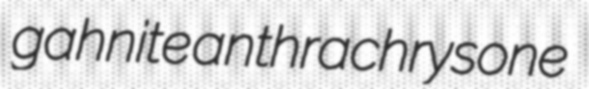
gahnite anthrachrysone